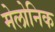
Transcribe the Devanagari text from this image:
मेलोनिक